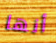
أنها